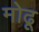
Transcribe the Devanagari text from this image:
मोढू